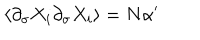
LaTeX: \langle \partial _ { \sigma } X _ { i } \partial _ { \sigma } X _ { i } \rangle = N \alpha ^ { \prime }